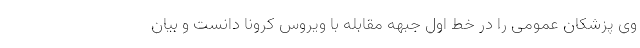
وی پزشکان عمومی را در خط اول جبهه مقابله با ویروس کرونا دانست و بیان